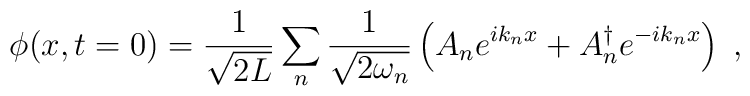
\phi(x, t=0) = \frac{1}{\sqrt{2L}} \sum_n \frac{1}{\sqrt{2 \omega_n}}  \left( A_n e^{i k_n x} + A_n^\dagger e^{-i k_n x} \right) \; ,